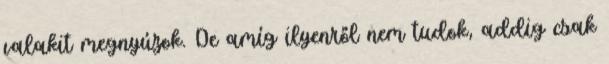
valakit megnyúzok. De amíg ilyenről nem tudok, addig csak